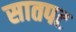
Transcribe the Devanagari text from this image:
सातपट